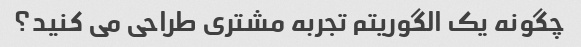
چگونه یک الگوریتم تجربه مشتری طراحی می کنید؟